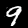
Digit: 9